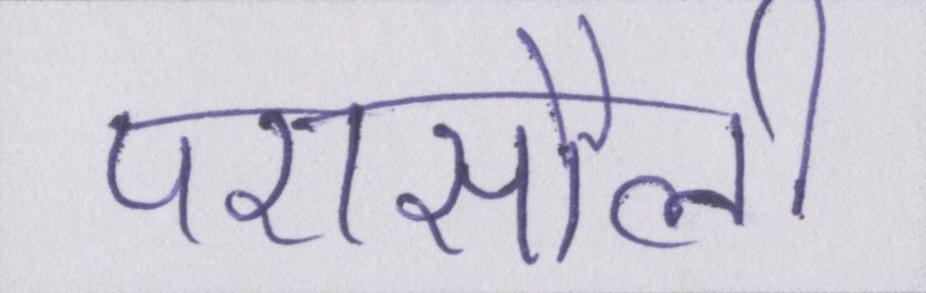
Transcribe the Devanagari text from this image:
परासौली